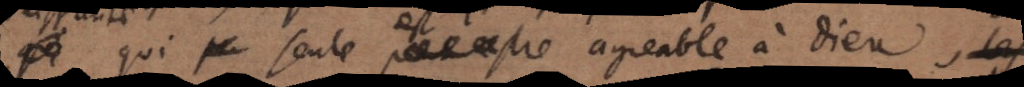
seule peut estre agreable à Dieu, les